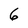
Character: 6